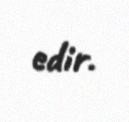
edir.